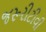
જરૂરીટીવી